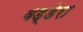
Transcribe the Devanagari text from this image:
वड्डेरा